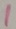
Text: 1